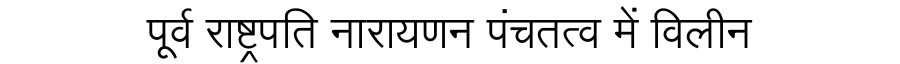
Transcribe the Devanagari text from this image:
पूर्व राष्ट्रपति नारायणन पंचतत्व में विलीन